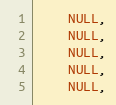
Language: C
	NULL,
	NULL,
	NULL,
	NULL,
	NULL,